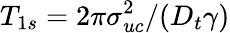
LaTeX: T_{1s}=2\pi\sigma_{uc}^{2}/(D_{t}\gamma)